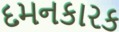
દમનકારક